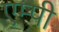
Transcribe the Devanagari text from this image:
एम्पी